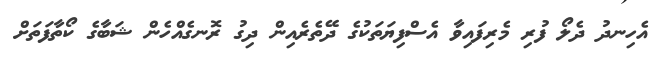
އެހިނދު ދެލޯ ފުރި މެރިފައިވާ އެސްފިޔަތަކުގެ ދޭތެރެއިން ދިގު ރޮނގެއްހެން ޝަބާގެ ކޯތާފަތަށް